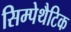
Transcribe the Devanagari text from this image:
सिम्पेथैटिक